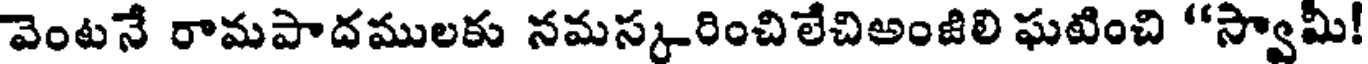
వెంటనే రామపాదములకు నమస్కరించిలేచిఅంజిలి ఘటించి "స్వామీ!